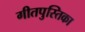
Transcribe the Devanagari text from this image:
गीतपुस्तिका